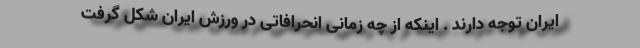
ایران توجه دارند . اینکه از چه زمانی انحرافاتی در ورزش ایران شکل گرفت